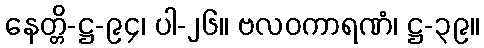
နေတ္တိ-ဋ္ဌ-၉၄၊ ပါ-၂၆။ ဗလဝကာရဏံ၊ ဋ္ဌ-၃၉။